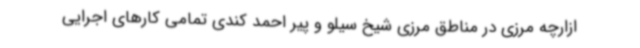
ازارچه مرزی در مناطق مرزی شیخ سیلو و پیر احمد کندی تمامی کارهای اجرایی